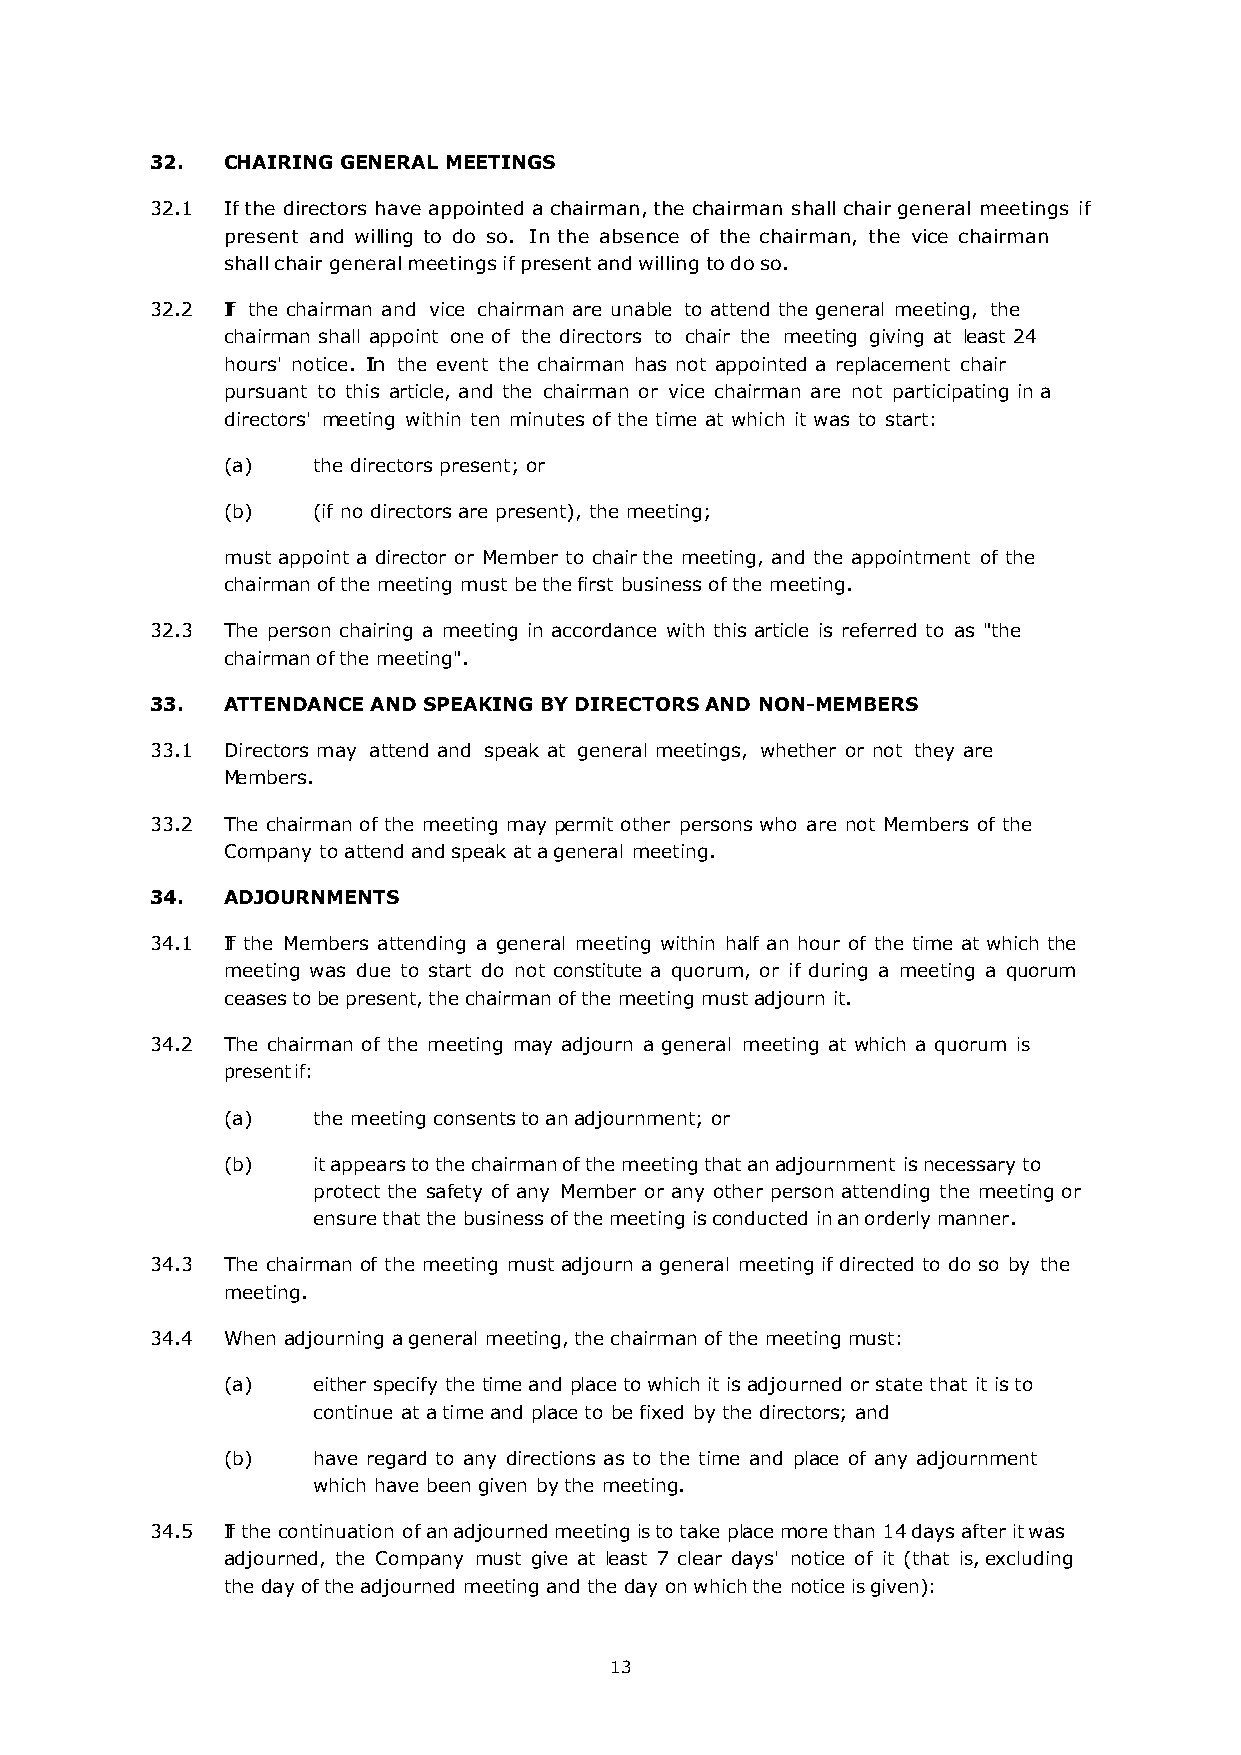
32.  CHAIRING GENERAL MEETINGS
 32.1 If the directors have appointed a chairman, the chairman shall chair general meetings if
 present and willing to do so. In the absence of the chairman, the vice chairman
 shall chair general meetings if present and willing to do so.
 32.2 If the chairman and vice chairman are unable to attend the general meeting, the
 chairman shall appoint one of the directors to chair the meeting giving at least 24
 hours' notice. In the event the chairman has not appointed a replacement chair
 pursuant to this article, and the chairman or vice chairman are not participating in a
 directors' meeting within ten minutes of the time at which it was to start:
 (a)   the directors present; or
 (b)   (if no directors are present), the meeting;
 must appoint a director or Member to chair the meeting, and the appointment of the
 chairman of the meeting must be the first business of the meeting.
 32.3 The person chairing a meeting in accordance with this article is referred to as "the
 chairman of the meeting".
 33.  ATTENDANCE AND SPEAKING BY DIRECTORS AND NON-MEMBERS
 33.1 Directors may attend and speak at general meetings, whether or not they are
 Members.
 33.2 The chairman of the meeting may permit other persons who are not Members of the
 Company to attend and speak at a general meeting.
 34.  ADJOURNMENTS
 34.1 If the Members attending a general meeting within half an hour of the time at which the
 meeting was due to start do not constitute a quorum, or if during a meeting a quorum
 ceases to be present, the chairman of the meeting must adjourn it.
 34.2 The chairman of the meeting may adjourn a general meeting at which a quorum is
 present if:
 (a)   the meeting consents to an adjournment; or
 (b)   it appears to the chairman of the meeting that an adjournment is necessary to
 protect the safety of any Member or any other person attending the meeting or
 ensure that the business of the meeting is conducted in an orderly manner.
 34.3 The chairman of the meeting must adjourn a general meeting if directed to do so by the
 meeting.
 34.4 When adjourning a general meeting, the chairman of the meeting must:
 (a)   either specify the time and place to which it is adjourned or state that it is to
 continue at a time and place to be fixed by the directors; and
 (b)   have regard to any directions as to the time and place of any adjournment
 which have been given by the meeting.
 34.5 If the continuation of an adjourned meeting is to take place more than 14 days after it was
 adjourned, the Company must give at least 7 clear days' notice of it (that is, excluding
 the day of the adjourned meeting and the day on which the notice is given):
 13